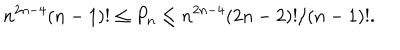
n ^ { 2 n - 4 } ( n - 1 ) ! \leq P _ { n } \leq n ^ { 2 n - 4 } ( 2 n - 2 ) ! / ( n - 1 ) ! .